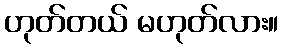
ဟုတ်တယ် မဟုတ်လား။